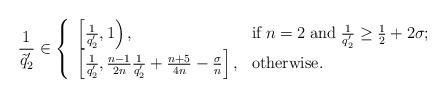
LaTeX: \begin{align*} \frac{1}{\tilde{q}'_2} \in \left\{ \begin{array}{ll} \left[\frac{1}{q'_2},1\right), & \hbox{if}\; n=2\; \hbox{and}\; \frac{1}{q'_2} \geq \frac{1}{2} + 2 \sigma;\\ \left[\frac{1}{q'_2}, \frac{n-1}{2n} \frac{1}{q'_2} + \frac{n+5}{4n} - \frac{\sigma}{n} \right], & \hbox{otherwise}. \end{array} \right.\end{align*}